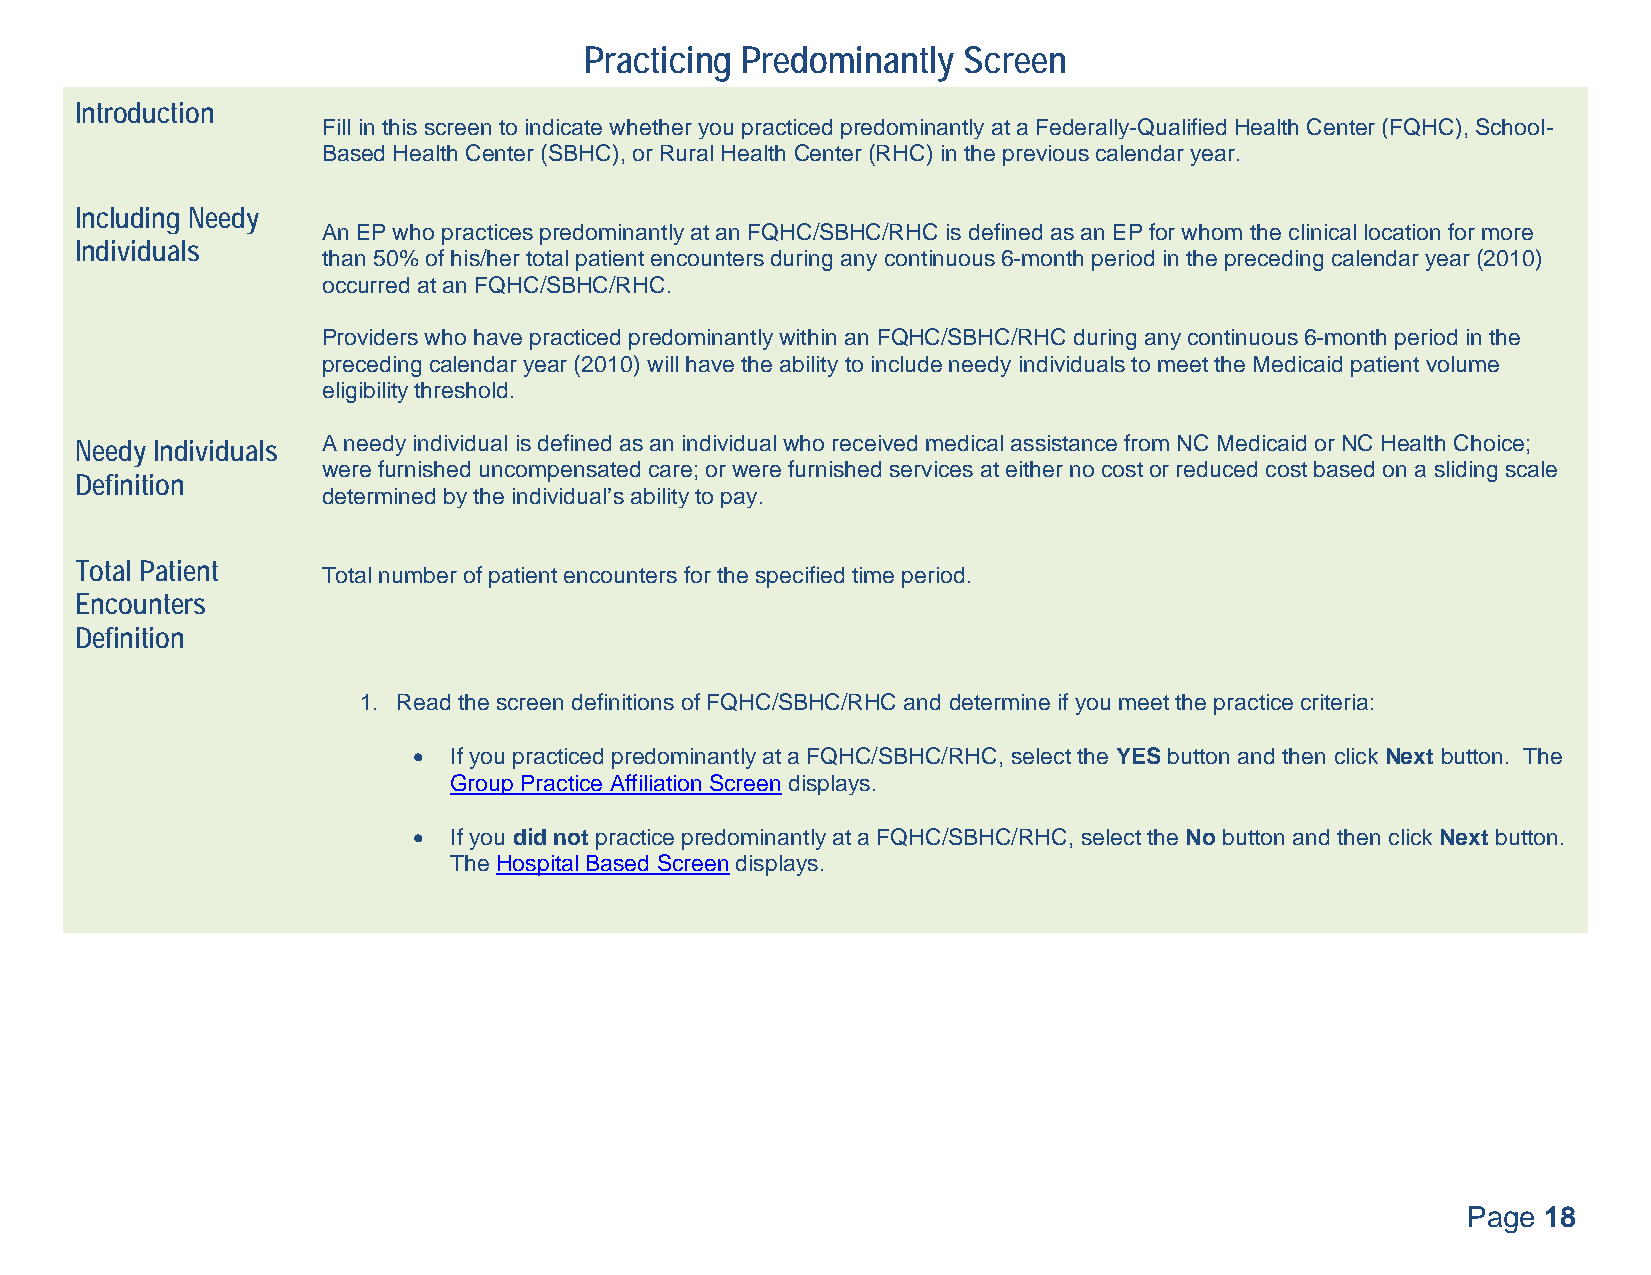
Practicing Predominantly Screen
 Introduction
 Fill in this screen to indicate whether you practiced predominantly at a Federally-Qualified Health Center (FQHC), School-
 Based Health Center (SBHC), or Rural Health Center (RHC) in the previous calendar year.
 Including Needy
 An EP who practices predominantly at an FQHC/SBHC/RHC is defined as an EP for whom the clinical location for more
 Individuals
 than 50% of his/her total patient encounters during any continuous 6-month period in the preceding calendar year (2010)
 occurred at an FQHC/SBHC/RHC.
 Providers who have practiced predominantly within an FQHC/SBHC/RHC during any continuous 6-month period in the
 preceding calendar year (2010) will have the ability to include needy individuals to meet the Medicaid patient volume
 eligibility threshold.
 Needy Individuals A needy individual is defined as an individual who received medical assistance from NC Medicaid or NC Health Choice;
 were furnished uncompensated care; or were furnished services at either no cost or reduced cost based on a sliding scale
 Definition
 determined by the individual’s ability to pay.
 Total Patient
 Total number of patient encounters for the specified time period.
 Encounters
 Definition
 1. Read the screen definitions of FQHC/SBHC/RHC and determine if you meet the practice criteria:
   If you practiced predominantly at a FQHC/SBHC/RHC, select the YES button and then click Next button. The
 Group Practice Affiliation Screen displays.
   If you did not practice predominantly at a FQHC/SBHC/RHC, select the No button and then click Next button.
 The Hospital Based Screen displays.
 Page 18